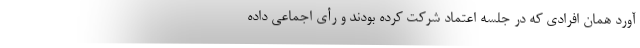
آورد همان افرادی که در جلسه اعتماد شرکت کرده بودند و رأی اجماعی داده